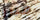
مبرر